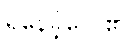
ရှိနေခဲ့လေ၏။